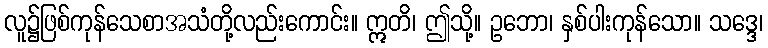
လူ၌ဖြစ်ကုန်သေစာအသံတို့လည်းကောင်း။ ဣတိ၊ ဤသို့။ ဥဘော၊ နှစ်ပါးကုန်သော။ သဒ္ဒေ၊